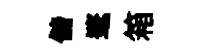
儲邃箱